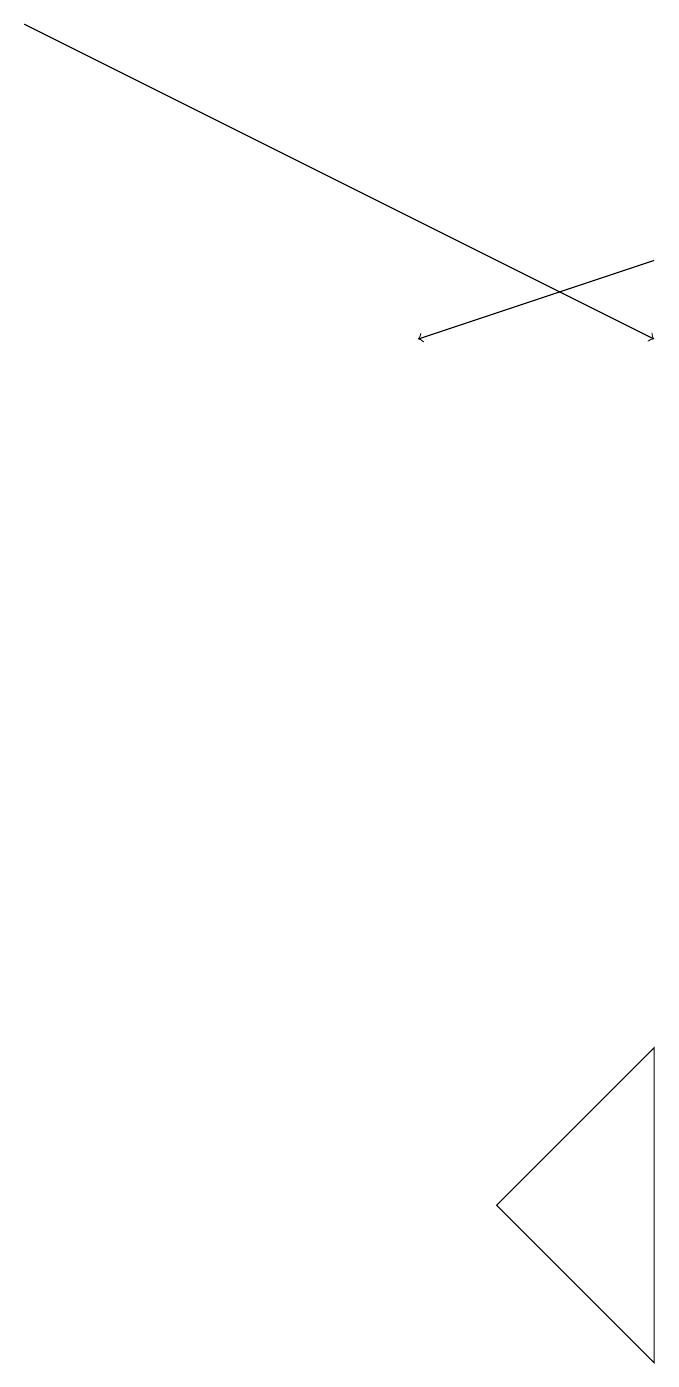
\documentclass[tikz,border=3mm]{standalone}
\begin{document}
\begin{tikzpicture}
\draw (6,2) -- (8,4) -- (8,0) -- cycle;
\draw[->] (0,17) -- (8,13);
\draw[->] (8,14) -- (5,13);
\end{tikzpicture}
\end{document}